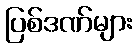
ပြစ်ဒဏ်များ